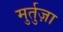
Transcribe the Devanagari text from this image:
मुर्तुज़ा